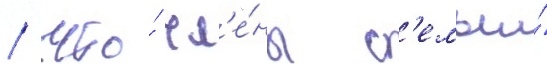
/ что́ чл'е́ны с'емьи́